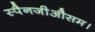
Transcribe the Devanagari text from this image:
स्पैनजीऔसम।